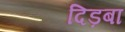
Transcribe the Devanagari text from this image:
दिड़बा